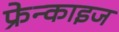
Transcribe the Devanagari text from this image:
फ्रेन्‍काइज